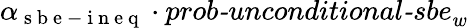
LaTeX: \alpha_{\mathrm{~s~b~e~-~i~n~e~q~}}\cdot\textit{prob-unconditional-sbe}_{w}